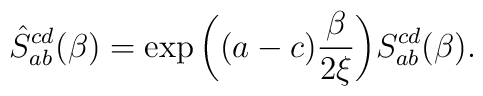
\hat S_{ab}^{cd}(\beta )=\exp \bigg( (a-c){\beta\over 2\xi}\bigg)S_{ab}^{cd}(\beta ).